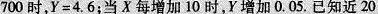
700时，Y=4.6；当X每增加10时，Y增加0.05.已知近20